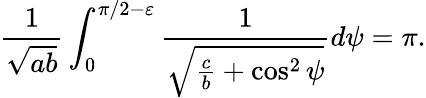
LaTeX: \frac{1}{\sqrt{ab}}\int_{0}^{\pi/2-\varepsilon}\frac{1}{\sqrt{\frac{c}{b}+\cos^{2}\psi}}d\psi=\pi.